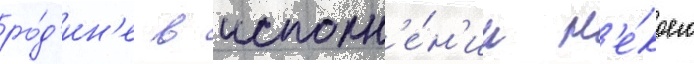
ро́д'ин'е в исполн'е́н'ии н'е́коего